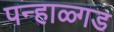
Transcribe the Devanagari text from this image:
पन्हाळ्गड